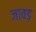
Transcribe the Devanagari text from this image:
जावड़